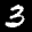
Label: 3